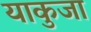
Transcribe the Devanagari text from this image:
याकुजा